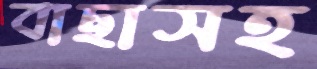
বাছাসহ